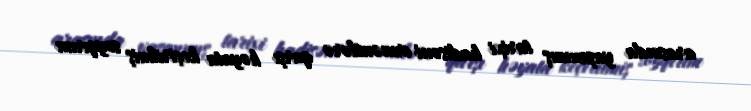
arasında yaşanmış tarixi hadisəni ermənilərə qarşı həyata keçirilmiş soyqırım